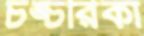
চঙ্চরিকা